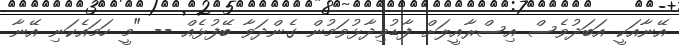
އޭނާއަކީ އަބަދުވެސް އިސްރާއީލަށް ފާޑުވިދާޅުވަމުން ގެންދަވާ ބޭފުޅެއް -- "މީ ހަމައެކަނި އޭނާ